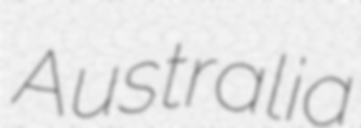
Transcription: Australia